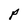
Character: P